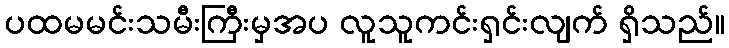
ပထမမင်းသမီးကြီးမှအပ လူသူကင်းရှင်းလျက် ရှိသည်။